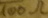
Text: 100Ω